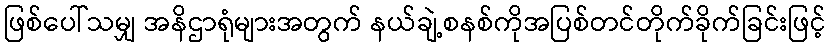
ဖြစ်ပေါ်သမျှ အနိဌာရုံများအတွက် နယ်ချဲ့စနစ်ကိုအပြစ်တင်တိုက်ခိုက်ခြင်းဖြင့်